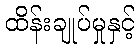
ထိန်းချုပ်မှုနှင့်